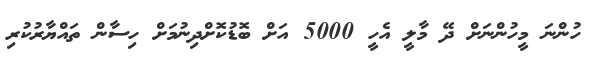
ހުންނަ މީހުންނަށް ދޭ މާލީ އެހީ 5000 އަށް ބޮޑުކޮށްދިނުމަށް ހިސާން ތައްޔާރުކުރި